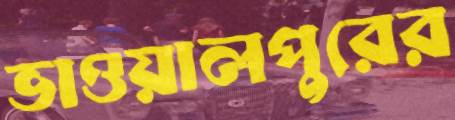
ভাওয়ালপুরের